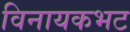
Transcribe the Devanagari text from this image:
विनायकभट